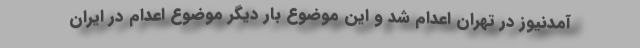
آمدنیوز در تهران اعدام شد و این موضوع بار دیگر موضوع اعدام در ایران